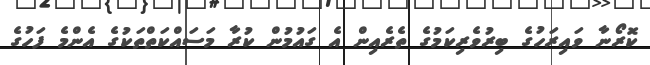
ކޮރޯނާ ވައިރަހުގެ ބިރުވެރިކަމުގެ ތެރެއިން އެ ގައުމުން ކުރާ މަސައްކަތްތަކުގެ އެންމެ ފަހުގެ